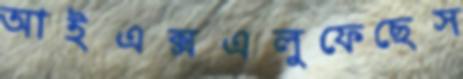
আইএক্সএলুফেছেস